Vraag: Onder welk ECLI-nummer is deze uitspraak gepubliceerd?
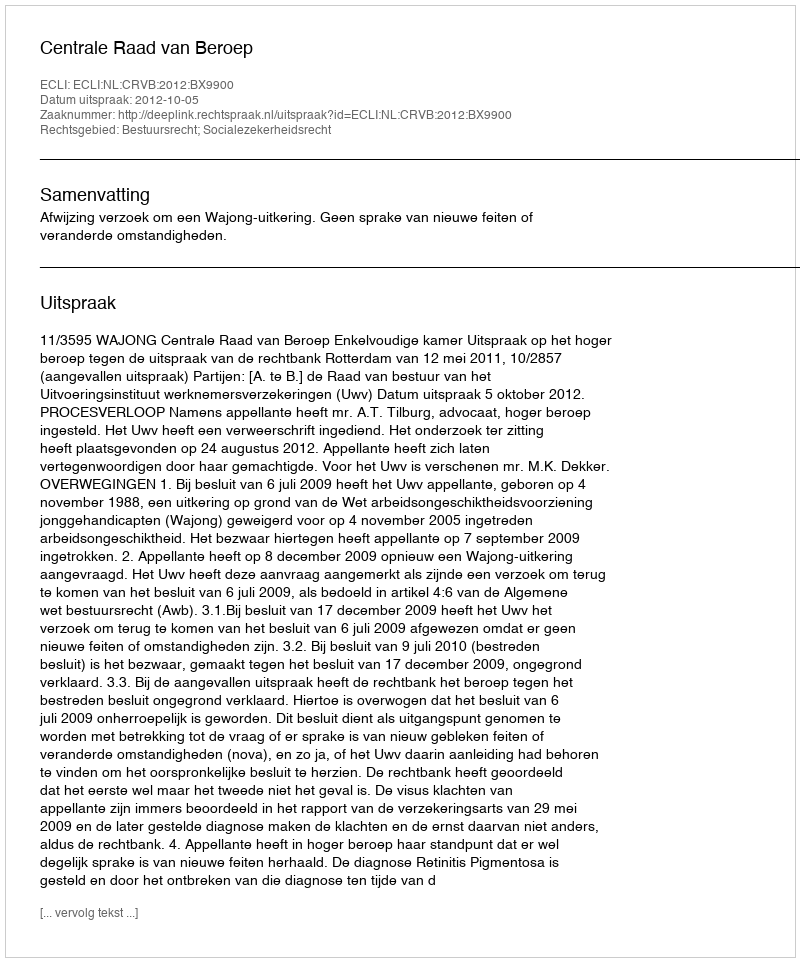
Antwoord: ECLI:NL:CRVB:2012:BX9900